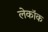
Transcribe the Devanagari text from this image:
लेकॉक